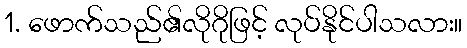
1. ဖောက်သည်၏လိုဂိုဖြင့် လုပ်နိုင်ပါသလား။